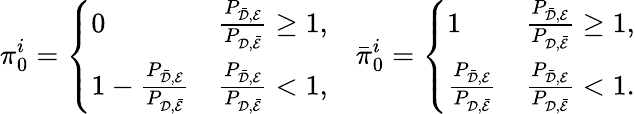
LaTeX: \pi_{0}^{i}=\left\{ \begin{array}{ll}{0}&{\frac{P_{\bar{{\cal{D}}},{\cal{E}}}}{P_{{\cal{D}},\bar{{\cal{E}}}}}\geq 1,}\\ {1-\frac{P_{\bar{{\cal{D}}},{\cal{E}}}}{P_{{\cal{D}},\bar{{\cal{E}}}}}}&{\frac{P_{\bar{{\cal{D}}},{\cal{E}}}}{P_{{\cal{D}},\bar{{\cal{E}}}}}<1,}\end{array}\right.\quad\bar{\pi}_{0}^{i}=\left\{ \begin{array}{ll}{1}&{\frac{P_{\bar{{\cal{D}}},{\cal{E}}}}{P_{{\cal{D}},\bar{{\cal{E}}}}}\geq 1,}\\ {\frac{P_{\bar{{\cal{D}}},{\cal{E}}}}{P_{{\cal{D}},\bar{{\cal{E}}}}}}&{\frac{P_{\bar{{\cal{D}}},{\cal{E}}}}{P_{{\cal{D}},\bar{{\cal{E}}}}}<1.}\end{array}\right.